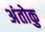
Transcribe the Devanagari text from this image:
अंतोकु